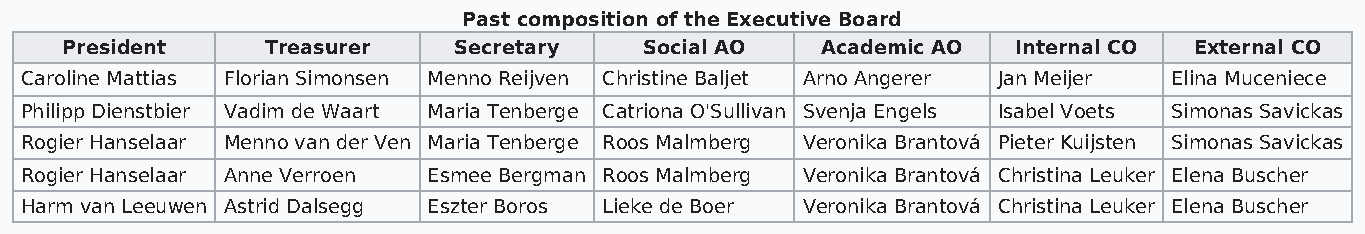
Past composition of the Executive Board
 President     Treasurer   Secretary    Social AO  Academic AO  Internal CO External CO
 Caroline Mattias Florian Simonsen Menno Reijven Christine Baljet Arno Angerer Jan Meijer Elina Muceniece
 Philipp Dienstbier Vadim de Waart Maria Tenberge Catriona O'Sullivan Svenja Engels Isabel Voets Simonas Savickas
 Rogier Hanselaar Menno van der Ven Maria Tenberge Roos Malmberg Veronika Brantová Pieter Kuijsten Simonas Savickas
 Rogier Hanselaar Anne Verroen Esmee Bergman Roos Malmberg Veronika Brantová Christina Leuker Elena Buscher
 Harm van Leeuwen Astrid Dalsegg Eszter Boros Lieke de Boer Veronika Brantová Christina Leuker Elena Buscher